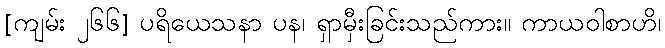
[ကျမ်း ၂၆၆] ပရိယေသနာ ပန၊ ရှာမှီးခြင်းသည်ကား။ ကာယဝါစာဟိ၊